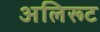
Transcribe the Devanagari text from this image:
अलिरूट